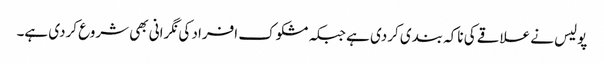
پولیس نے علاقے کی ناکہ بندی کردی ہے جبکہ مشکوک افراد کی نگرانی بھی شروع کردی ہے۔